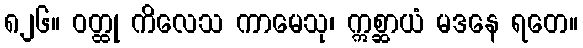
၈၂၆။ ဝတ္ထု ကိလေသ ကာမေသု၊ ဣစ္ဆာယံ မဒနေ ရတေ။